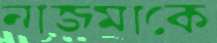
নাজমাকে